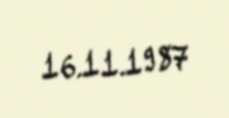
16.11.1987